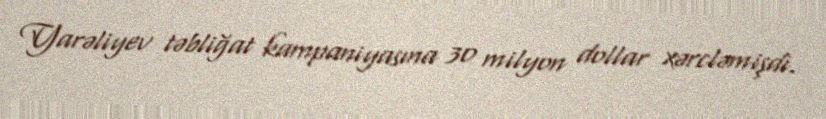
Yarəliyev təbliğat kampaniyasına 30 milyon dollar xərcləmişdi.